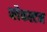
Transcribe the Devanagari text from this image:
ब्लैकस्टन